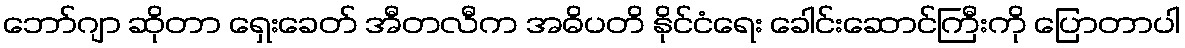
ဘော်ဂျာ ဆိုတာ ရှေးခေတ် အီတလီက အဓိပတိ နိုင်ငံရေး ခေါင်းဆောင်ကြီးကို ပြောတာပါ